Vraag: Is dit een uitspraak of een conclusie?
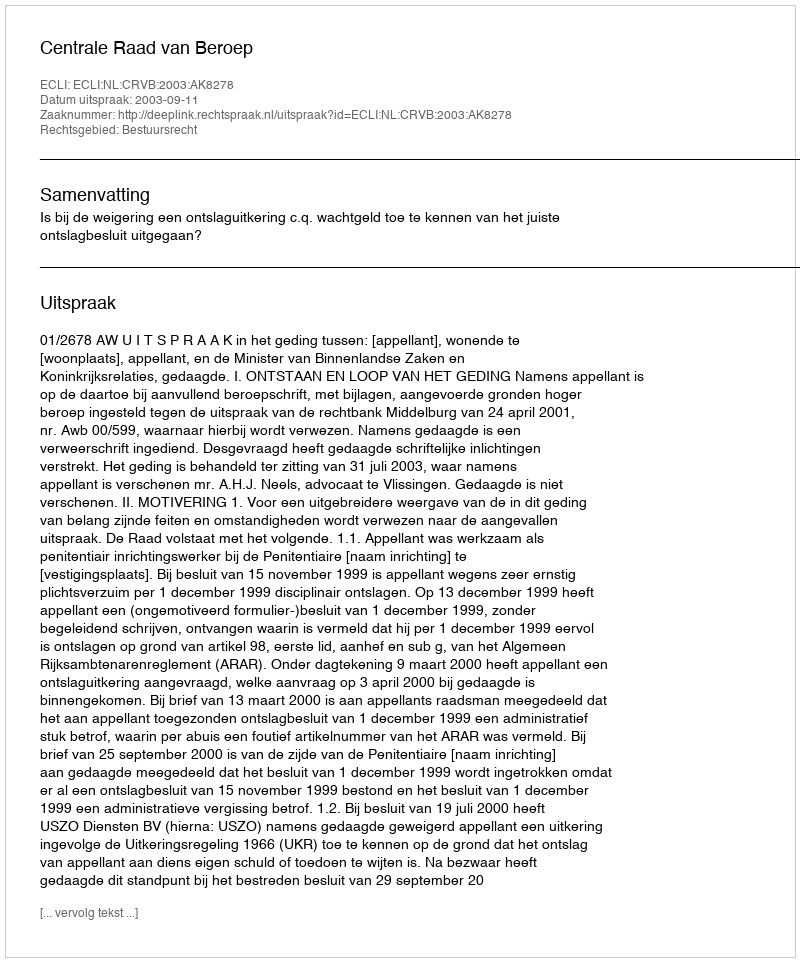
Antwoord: Uitspraak